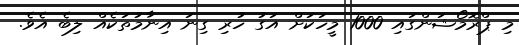
މި ޕްރޮމޯޝަންގައި 1000 މީހަކަށް އަގު ހުރި ގިނަ އިނާމުތަކެއް ލިބެ އެވެ.